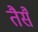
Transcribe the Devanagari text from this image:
तैसै